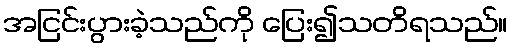
အငြင်းပွားခဲ့သည်ကို ပြေး၍သတိရသည်။